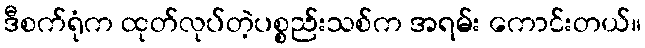
ဒီစက်ရုံက ထုတ်လုပ်တဲ့ပစ္စည်းသစ်က အရမ်း ကောင်းတယ်။